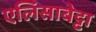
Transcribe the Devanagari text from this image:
एलिसाबेट्टा